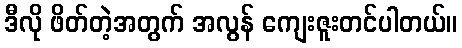
ဒီလို ဖိတ်တဲ့အတွက် အလွန် ကျေးဇူးတင်ပါတယ်။